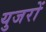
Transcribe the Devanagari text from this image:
युजरों